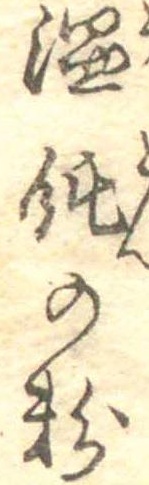
温飩の粉